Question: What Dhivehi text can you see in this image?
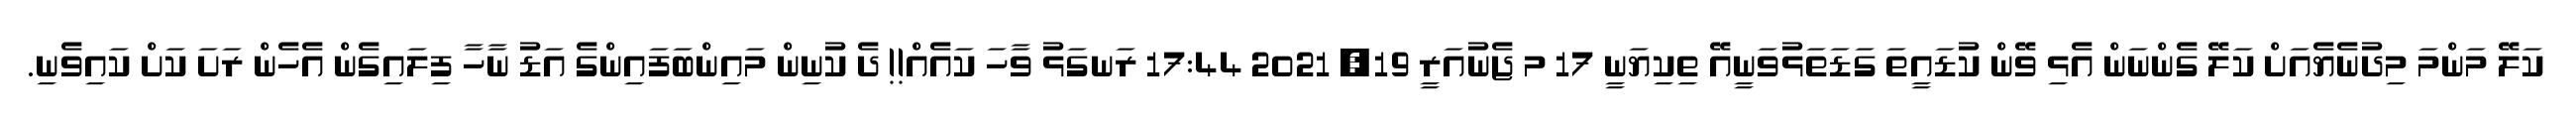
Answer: ކަލޭ މަންމަ މިދުނެޔެއަށް ކަލޭ ގެންނަން އެޅި ވޭން ކުޑައީތަ ގަޑަތަޅުވަނީއޭ ތިކިޔަނީ 17 މ ޖެނުއަރީ 19, 2021 17:44 ރަނގަޅު ވާހަ ކައެއް!! ދެ ކުނިން މައިންބަފައިންގެ އަޑު ނާހާ ފިލައިގެން އެހެން ރަށަ ކަށް ކައިވެނި.